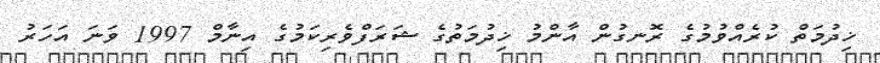
ޚިދުމަތް ކުރެއްވުމުގެ ރޮނގުން އާންމު ޚިދުމަތުގެ ޝަރަފްވެރިކަމުގެ އިނާމް 1997 ވަނަ އަހަރު